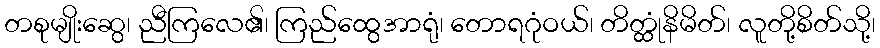
တစုမျိုးဆွေ၊ ညီကြလေ၏၊ ကြည်ထွေအာရုံ၊ တောရဂုံဝယ်၊ တိတ္ထုံနိမိတ်၊ လူတို့စိတ်သို့၊